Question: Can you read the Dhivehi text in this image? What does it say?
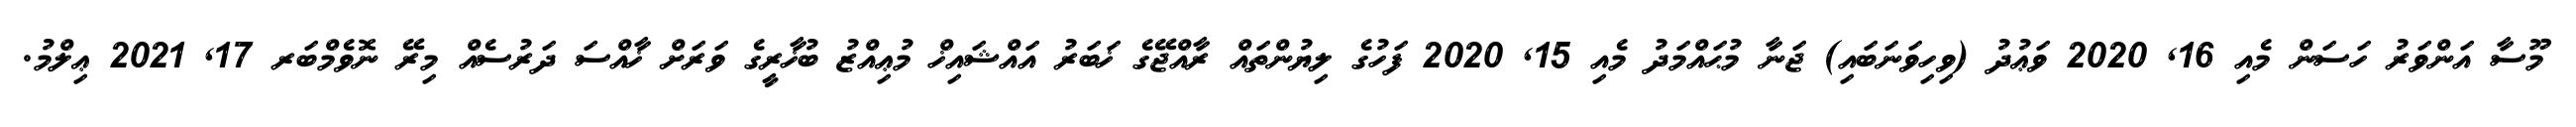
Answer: މޫސާ އަންވަރު ހަސަން މެއި 16, 2020 ވަޢުދު (ވިހިވަނަބައި) ޖަނާ މުޙައްމަދު މެއި 15, 2020 ފަހުގެ ލިޔުންތައް ރާއްޖޭގެ ޚަބަރު އައްޝައިޚް މުޢިއްޒު ބުޚާރީގެ ވަރަށް ޚާއްސަ ދަރުސެއް މިރޭ ނޮވެމްބަރ 17, 2021 ޢިލްމު.